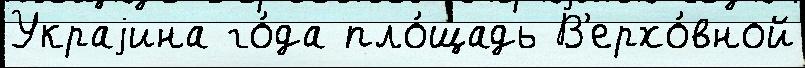
Украjина го́да пло́щадь В'ерхо́вной